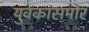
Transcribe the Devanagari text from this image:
युवकांसमोर